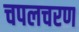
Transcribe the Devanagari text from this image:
चपलचरण